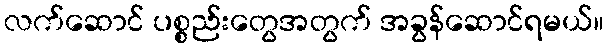
လက်ဆောင် ပစ္စည်းတွေအတွက် အခွန်ဆောင်ရမယ်။